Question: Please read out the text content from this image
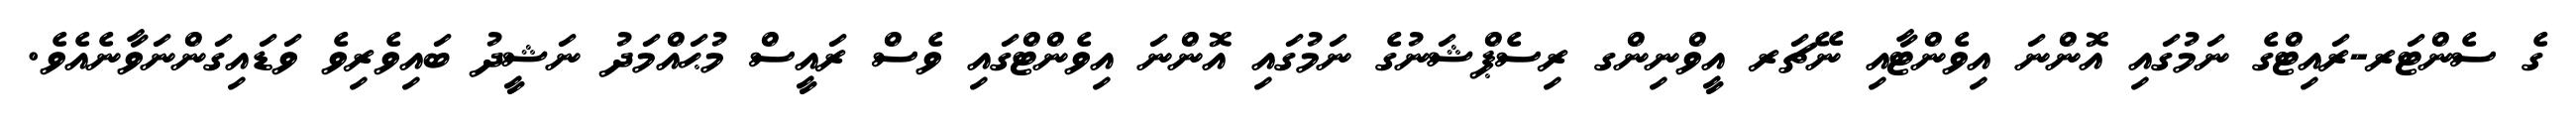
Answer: ގެ ސެންޓަރ-ރައިޓްގެ ނަމުގައި އޮންނަ އިވެންޓާއި ނޭޗަރ އީވްނިންގ ރިސެޕްޝަނުގެ ނަމުގައި އޮންނަ އިވެންޓްގައި ވެސް ރައީސް މުޙައްމަދު ނަޝީދު ބައިވެރިވެ ވަޑައިގަންނަވާނެއެވެ.